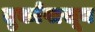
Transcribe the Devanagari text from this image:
तुर्कांपासून